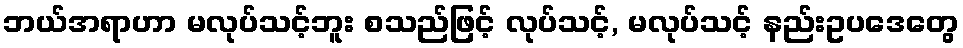
ဘယ်အရာဟာ မလုပ်သင့်ဘူး စသည်ဖြင့် လုပ်သင့်, မလုပ်သင့် နည်းဥပဒေတွေ